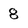
Character: 8